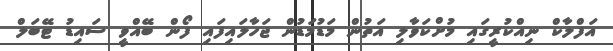
އަފްލާކް ނިއްކުރީގައި މުށްކަވާލި އަތުން މަޑުމަޑުން ޖަހާލައިފައި ފޯން ބޭއްވީ ސައިޑު ޓޭބަލް